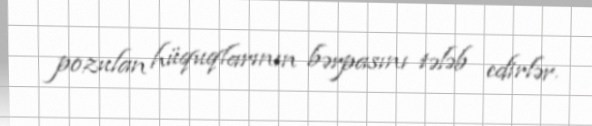
pozulan hüquqlarının bərpasını tələb edirlər.